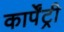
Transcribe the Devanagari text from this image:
कार्पेंट्री